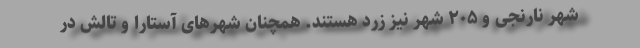
شهر نارنجی و ۲۰۵ شهر نیز زرد هستند. همچنان شهرهای آستارا و تالش در